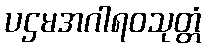
ပဌမအဂါရဝသုတ္တံ